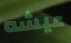
عيشه